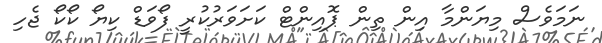
ނަމަވެސް މިޔަންމާ އިން ތިން ޕޮއިންޓް ކަށަވަރުކުރީ ފޯވަޑް ކިޔޯ ކޯކޯ ޖެހި